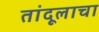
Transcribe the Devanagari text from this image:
तांदूलाचा